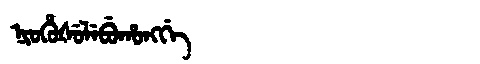
Manchu: ᠨᡳᠣᡥᡠᡧᡠᠯᡝᠪᡠᡥᠣᠩᡤᡝ
Romanization: NIOHUŠULEBUHONGGE